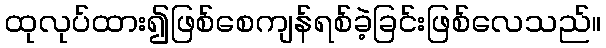
ထုလုပ်ထား၍ဖြစ်စေကျန်ရစ်ခဲ့ခြင်းဖြစ်လေသည်။